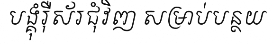
បង្គុំរ៉ឺស័រជុំវិញ សម្រាប់បន្ថយ